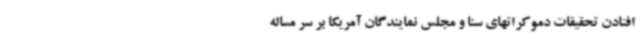
افتادن تحقیقات دموکراتهای سنا و مجلس نمایندگان آمریکا بر سر مساله